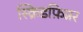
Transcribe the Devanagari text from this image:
स्क्रिडफ़िन्नर